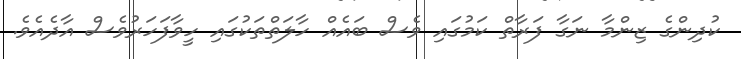
ކުދިންގެ ޒިންމާ ނަގާ ފަރާތް ކަމުގައި ވެސް ބައެއް ހާލަތްތަކުގައި ހީވާފަހަރުވެސް އާދެއެވެ.